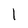
Character: l